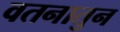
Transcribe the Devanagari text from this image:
वतनातुन